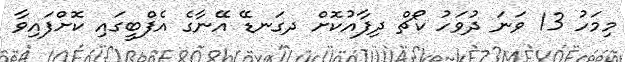
މިމަހު 13 ވަނަ ދުވަހު ކޯޗް ދިފާއުކޮށް ދގަނޑޭ އޭނާގެ އެފްބީގައި ކޮށްފައިވާ